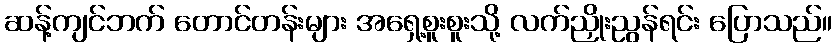
ဆန့်ကျင်ဘက် တောင်တန်းများ အရှေ့စူးစူးသို့ လက်ညှိုးညွန်ရင်း ပြောသည်။